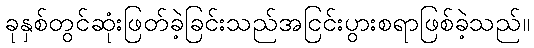
ခုနှစ်တွင်ဆုံးဖြတ်ခဲ့ခြင်းသည်အငြင်းပွားစရာဖြစ်ခဲ့သည်။